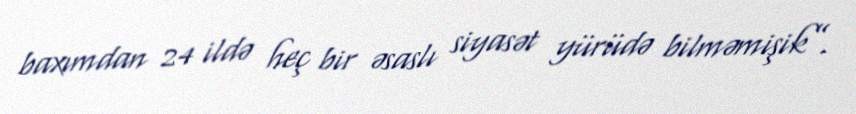
baxımdan 24 ildə heç bir əsaslı siyasət yürüdə bilməmişik”.